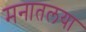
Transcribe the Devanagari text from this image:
मनातलया